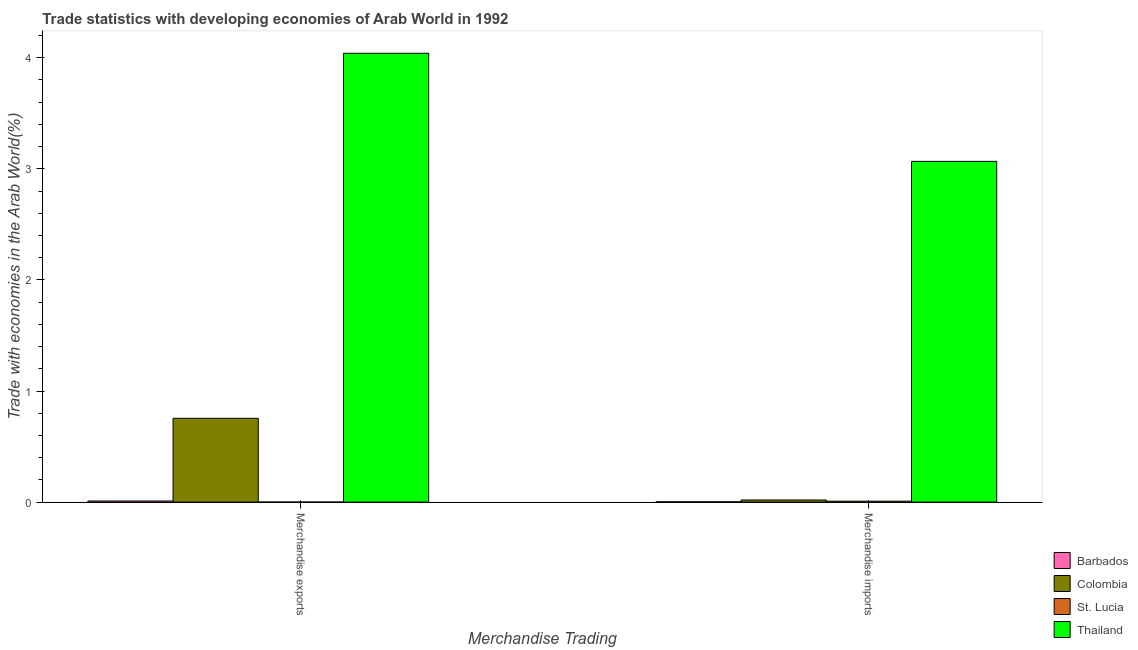
| Merchandise Trading | Barbados | Colombia | St. Lucia | Thailand |
 | --- | --- | --- | --- | --- |
 | Merchandise exports | 0.0103 | 0.754 | 0.000448 | 4.04 |
 | Merchandise imports | 0.00289 | 0.0193 | 0.00846 | 3.07 |